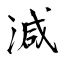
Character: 減